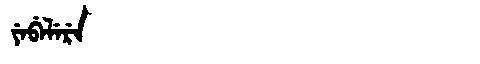
Manchu: ᠶᡝᠪᡝᠯᡝᡵᡝ
Romanization: YEBELERE